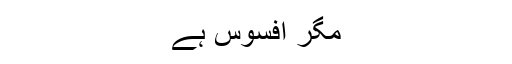
مگر افسوس ہے